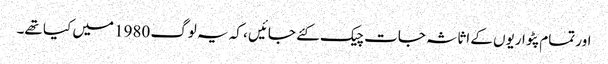
اور تمام پٹواریوں کے اثاثہ جات چیک کئے جائیں ، کہ یہ لوگ 1980 میں کیا تھے۔